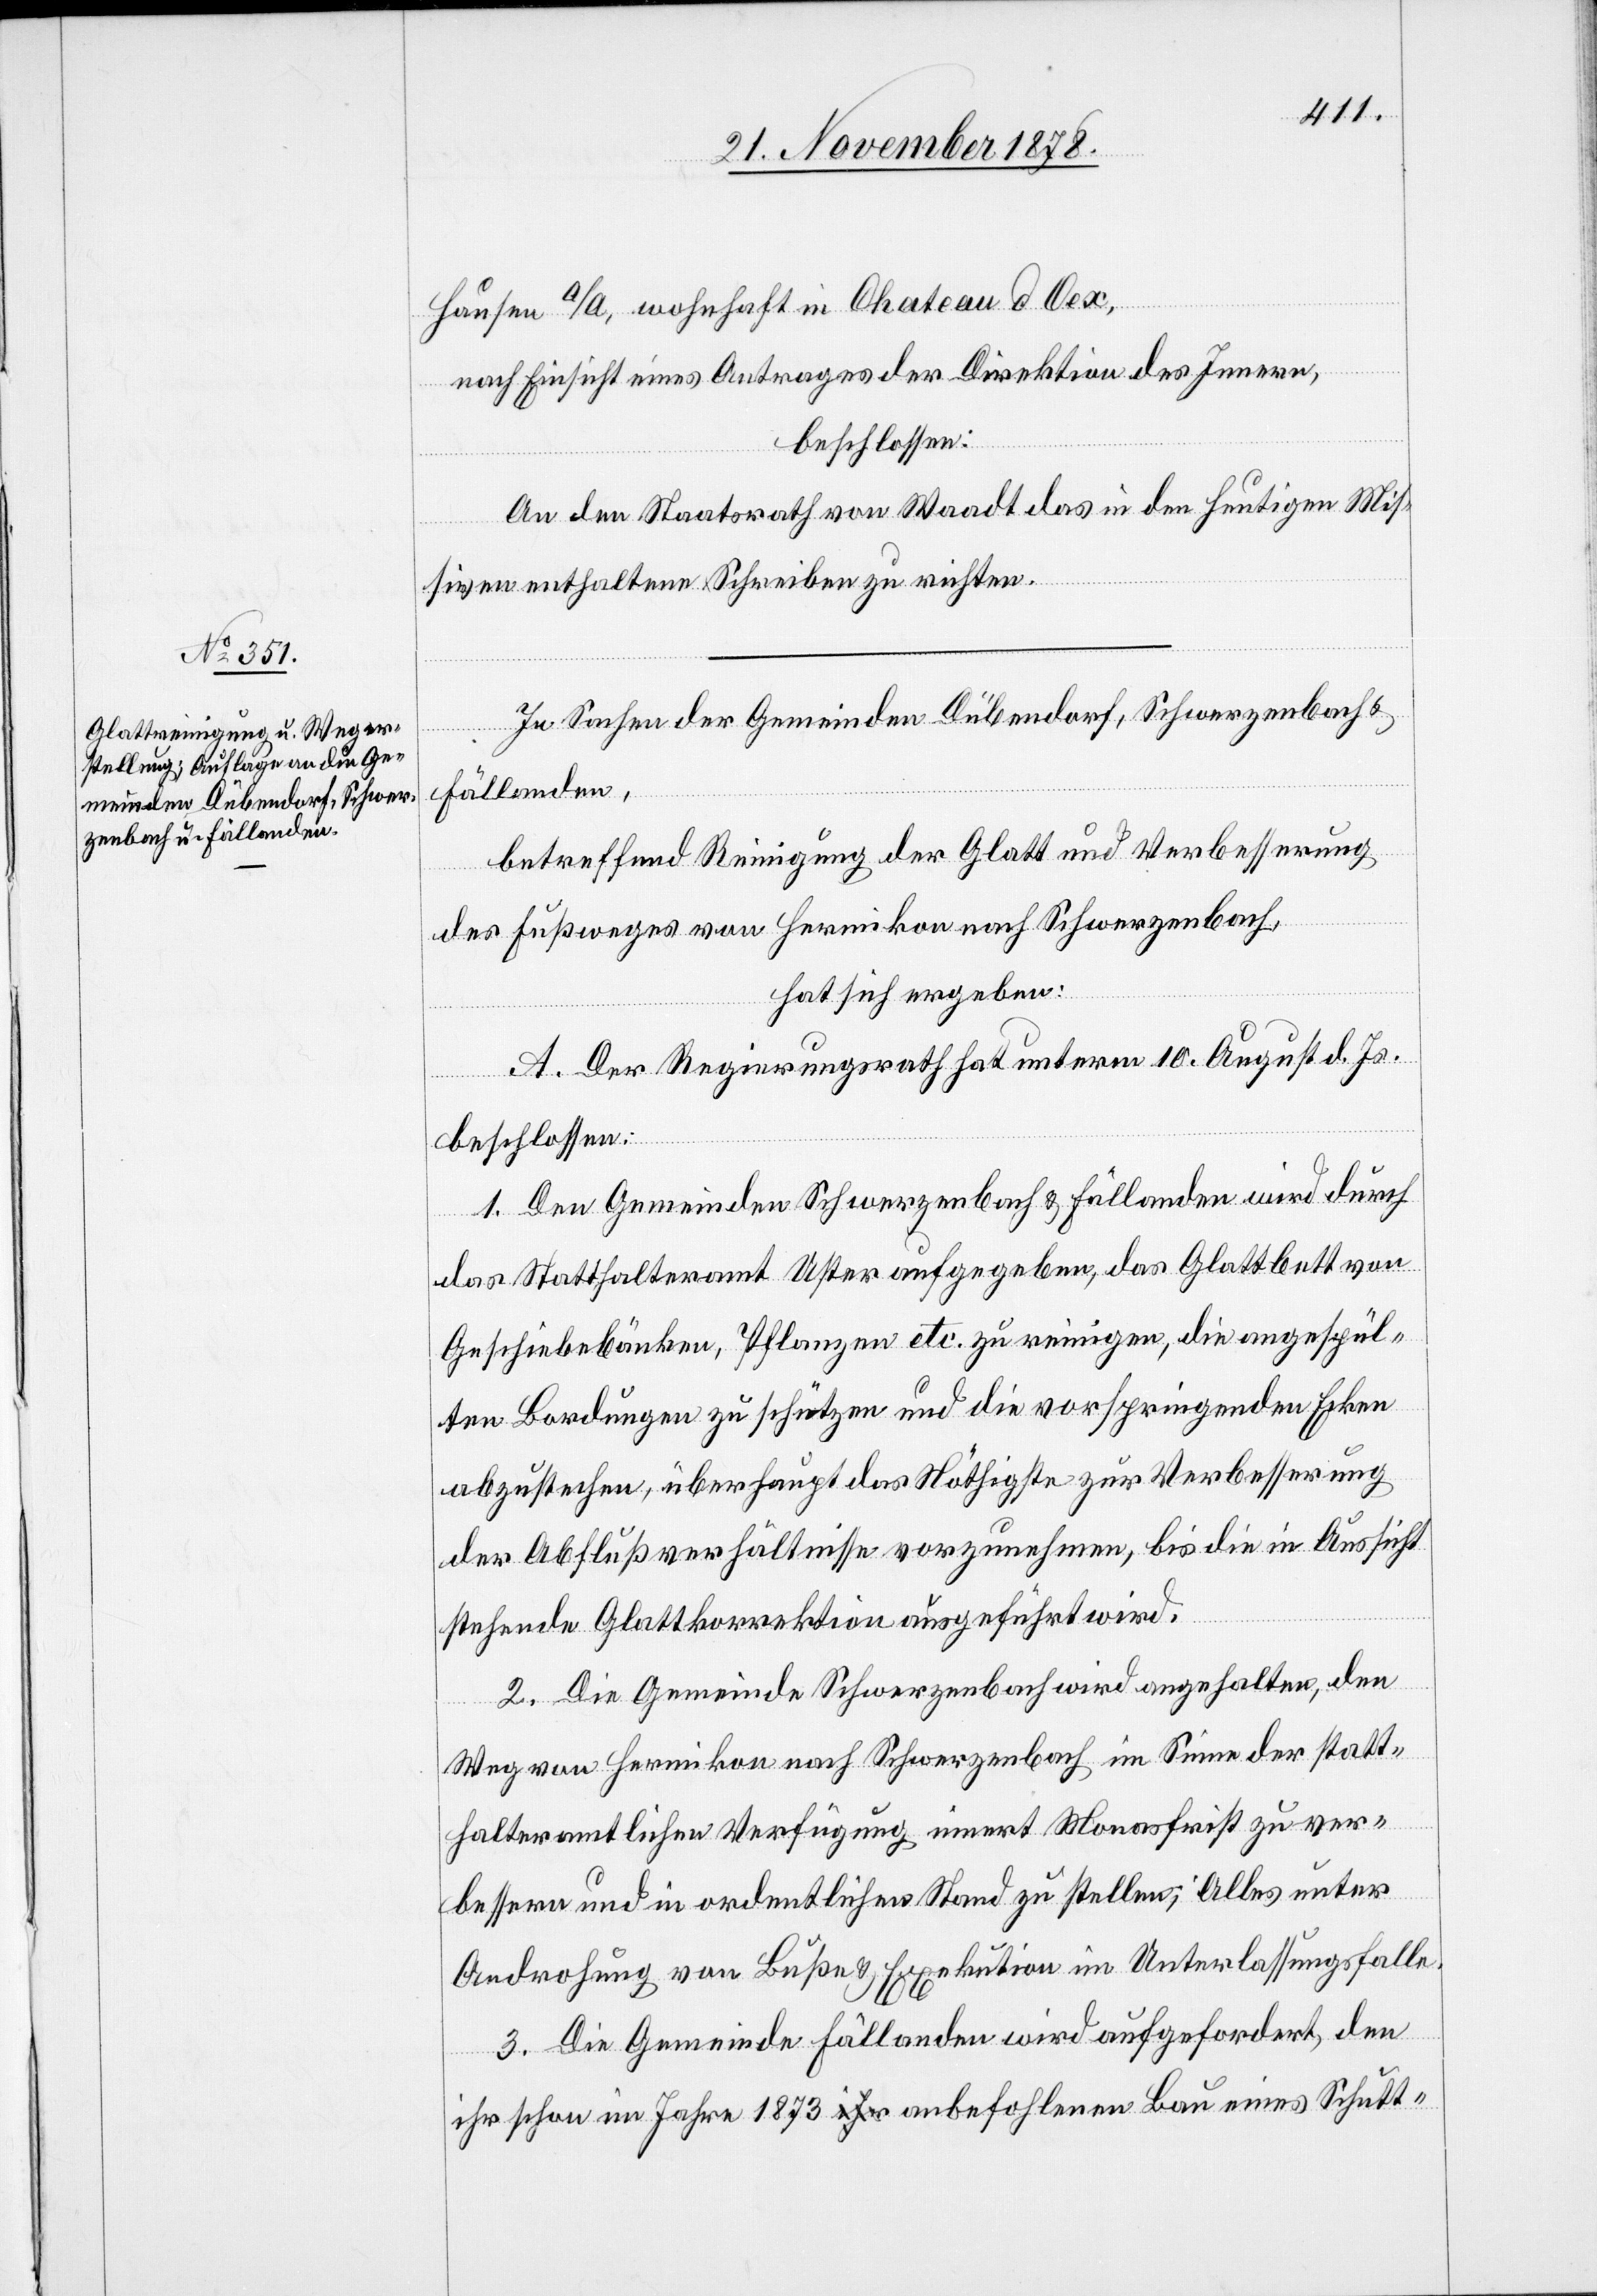
Hausen A/A, wohnhaft in Chateau d Oex,
nach Einsicht eines Antrages der Direktion des Innern,
beschlossen:
An den Staatsrath von Waadt das in den heutigen Mis¬
siven enthaltene Schreiben zu richten.
In Sachen der Gemeinden Dübendorf, Schwerzenbach &
Fällanden,
betreffend Reinigung der Glatt und Verbesserung
des Fußweges von Hermikon nach Schwerzenbach,
hat sich ergeben:
A. Der Regierungsrath hat unterm 10. August d. Js.
beschlossen:
1. Den Gemeinden Schwerzenbach & Fällanden wird durch
das Statthalteramt Uster aufgegeben, das Glattbett von
Geschiebebänken, Pflanzen etc. zu reinigen, die angespül¬
ten Bordungen zu schützen und die vorspringenden Ecken
abzustechen, überhaupt das Nöthigste zur Verbesserung
der Abflußverhältnisse vorzunehmen, bis die in Aussicht
stehende Glattkorrektion ausgeführt wird.
2. Die Gemeinde Schwerzenbach wird angehalten, den
Weg von Hermikon nach Schwerzenbach im Sinne der statt¬
halteramtlichen Verfügung innert Monatsfrist zu ver¬
bessern und in ordentlichen Stand zu stellen; Alles unter
Androhung von Buße & Exekution im Unterlassungsfalle.
3. Die Gemeinde Fällanden wird aufgefordert, den
ihr schon im Jahre 1873 anbefohlenen Bau eines Schutt-